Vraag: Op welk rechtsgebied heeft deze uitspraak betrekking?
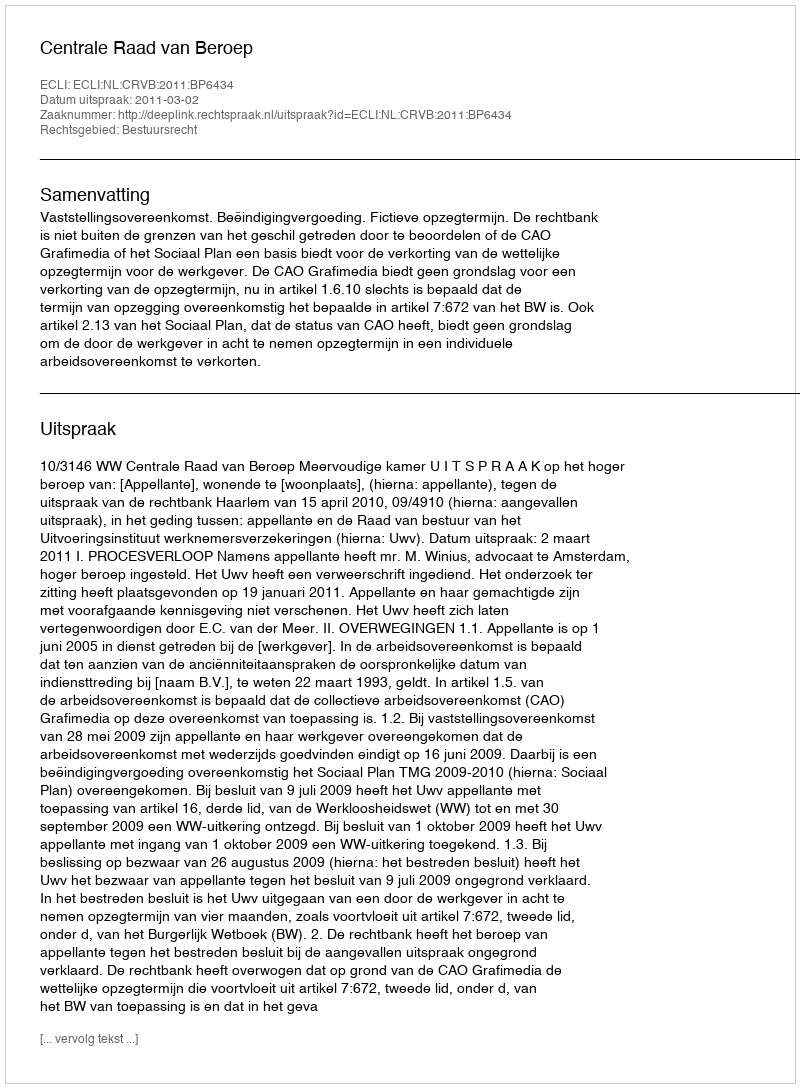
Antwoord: Bestuursrecht